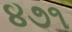
૪૭૧